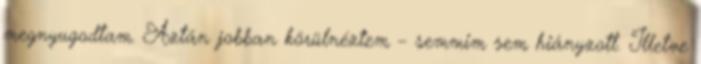
megnyugodtam. Aztán jobban körülnéztem – semmim sem hiányzott. Illetve